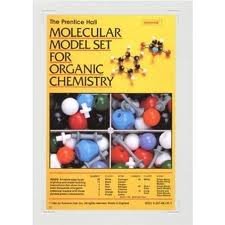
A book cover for Prentice Hall Molecular Model Set For Organic Chemistry [Box set]; Science & Math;